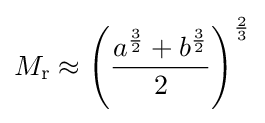
M_{\text{r}}\approx \left({\frac {a^{\frac {3}{2}}+b^{\frac {3}{2}}}{2}}\right)^{\frac {2}{3}}